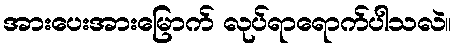
အားပေးအားမြောက် လုပ်ရာရောက်ပါသလဲ။